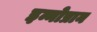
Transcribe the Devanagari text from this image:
इन्नोप्रान